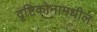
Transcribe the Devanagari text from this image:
दृष्टिकोनामधील